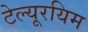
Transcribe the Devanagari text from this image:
टेल्यूरयिम